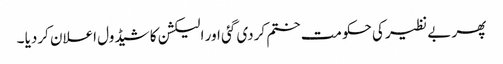
پھر بے نظیر کی حکومت ختم کردی گئی اور الیکشن کا شیڈول اعلان کردیا ۔